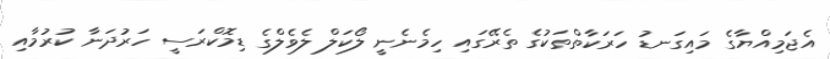
އެޖަމިއްޔާގެ މައިގަނޑު ހަރަކާތްތަކުގެ ތެރޭގައި ހިމެނެނީ ލޯކަލް ލެވެލްގެ ޑިމޮކްރަސީ ހަރުދަނާ ކުރުމާއި